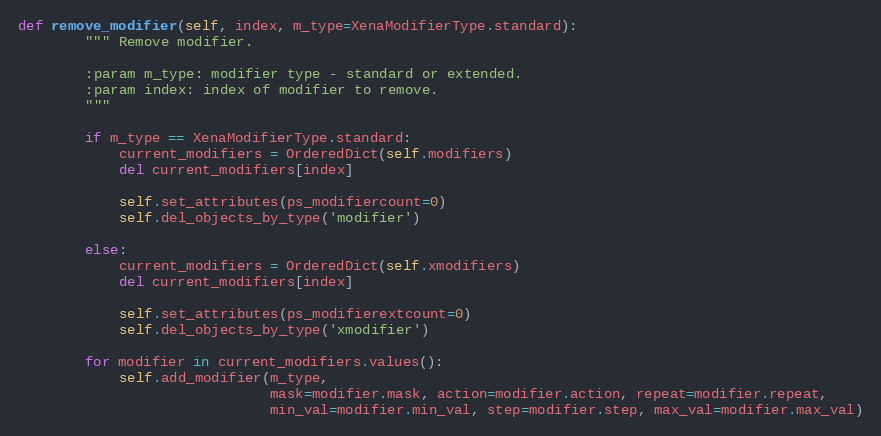
Language: Python
def remove_modifier(self, index, m_type=XenaModifierType.standard):
        """ Remove modifier.

        :param m_type: modifier type - standard or extended.
        :param index: index of modifier to remove.
        """

        if m_type == XenaModifierType.standard:
            current_modifiers = OrderedDict(self.modifiers)
            del current_modifiers[index]

            self.set_attributes(ps_modifiercount=0)
            self.del_objects_by_type('modifier')

        else:
            current_modifiers = OrderedDict(self.xmodifiers)
            del current_modifiers[index]

            self.set_attributes(ps_modifierextcount=0)
            self.del_objects_by_type('xmodifier')

        for modifier in current_modifiers.values():
            self.add_modifier(m_type,
                              mask=modifier.mask, action=modifier.action, repeat=modifier.repeat,
                              min_val=modifier.min_val, step=modifier.step, max_val=modifier.max_val)